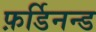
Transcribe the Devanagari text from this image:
फ़र्डिनन्ड